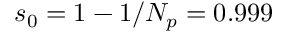
s _ { 0 } = 1 - 1 / N _ { p } = 0 . 9 9 9